Civil Veterinary Department Bihar & Orissa reports 1911-21 - 1911-1921
Year: 1911
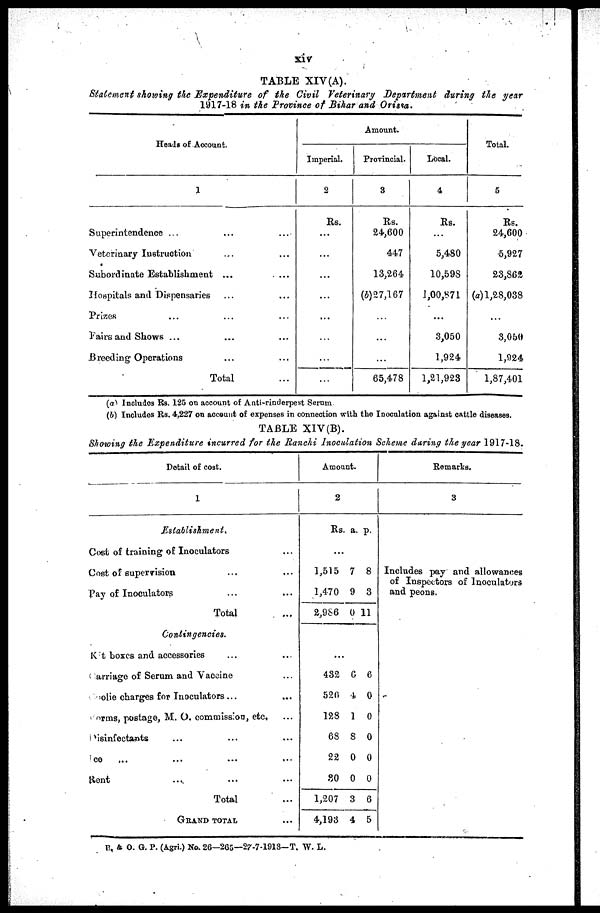
xiv
TABLE XIV(A).
Statement showing the Expenditure of the Civil Veterinary Department during the year
1917-18 in the Province of Bihar and Orissa.
Heads of Account.
1
Superintendence ...
...
...
Veterinary Instruction ... ...
Subordinate Establishment ... ...
Hospitals and Dispensaries ... ...
Prizes ... ... ...
Fairs and Shows ... ... ...
Breeding Operations ... ...
Total ...
Amount.
Imperial.
2
Rs.
...
...
...
...
...
...
...
...
Provincial.
3
Rs.
24,600
447
13,264
(b)27,167
...
...
...
65,478
Local.
4
Rs.
...
5,480
10,598
1,00,871
...
3,050
1,924
1,21,923
Total.
5
Rs.
24,600
5,927
23,862
(a) 1,28,038
...
3,050
1,924
1,87,401
(a) Includes Rs. 125 on account of Anti-rinderpest Serum
(b) Includes Rs. 4,227 on account of expenses in connection with the Inoculation against cattle diseases.
TABLE XIV(B).
Showing the Expenditure
incurred for the Ranchi Inoculation Scheme during the year 1917-18.
Detail of cost.
1
Establishment.
Cost of training of Inoculators ...
Cost of supervision. ... ...
Pay of Inoculators ... ...
Total ...
Contingencies.
Rat boxes and accessories ... ...
Carriage of Serum and Vaccine ...
oliecharges for Inoculators ... ...
orms, postage, M. O. commission, etc,...
Disinfectasnts ... ... ...
ce ... ... ... ...
Rent ... ... ...
Total ...
GRAND TOTAL ...
Amount.
2
Rs. a. p.
...
1,515
1,470
2,986
7
9
0
8
3
11
...
432
520
128
68
22
30
1,207
4,193
6
4
1
8
0
0
3
4
6
0
0
0
0
0
6
5
Remarks.
3
Includes pay and allowances
of Inspectors of Inoculators
and peons.
B, & O. G. P. (Agri.) No. 26—265—27-7-1918— T. W. L.